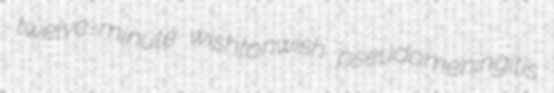
twelve-minute wishtonwish pseudomeningitis